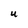
Character: U